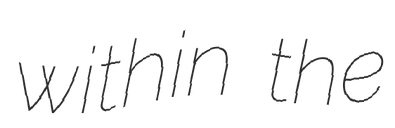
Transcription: within the